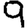
Digit: 9